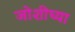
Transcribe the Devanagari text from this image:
जोशीच्या